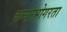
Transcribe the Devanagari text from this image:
कन्याभोगरता